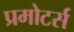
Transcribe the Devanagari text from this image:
प्रमोटर्स